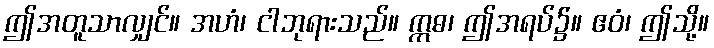
ဤအတူသာလျှင်။ အဟံ၊ ငါဘုရားသည်။ ဣဓ၊ ဤအရပ်၌။ ဧဝံ၊ ဤသို့။